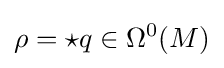
\rho ={\star }q\in \Omega ^{0}(M)